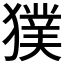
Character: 獛